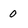
Character: 0